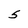
Character: 5